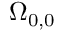
\Omega _ { 0 , 0 }